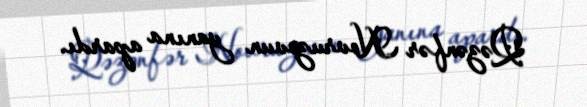
Qəzənfər Novruzovun yanına apardı.